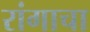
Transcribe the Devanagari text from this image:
रांगाचा